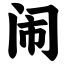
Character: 闹